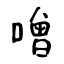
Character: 噌